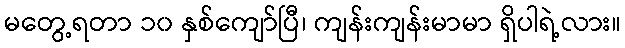
မတွေ့ရတာ ၁၀ နှစ်ကျော်ပြီ၊ ကျန်းကျန်းမာမာ ရှိပါရဲ့လား။